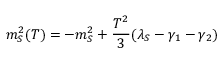
m _ { S } ^ { 2 } ( T ) = - m _ { S } ^ { 2 } + { \frac { T ^ { 2 } } { 3 } } ( \lambda _ { S } - \gamma _ { 1 } - \gamma _ { 2 } )